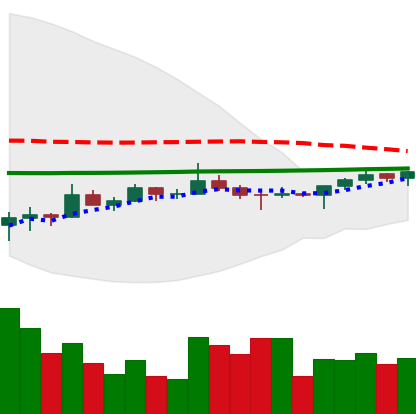
Ticker: TRX-USD
Chart end date: 2022-07-07
Forward return: -5.827%
Label: down_5_7